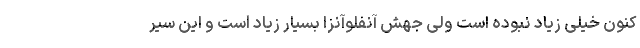
کنون خیلی زیاد نبوده است ولی جهش آنفلوآنزا بسیار زیاد است و این سیر